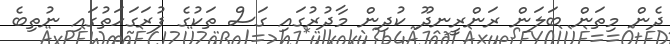
ދެން މިތަން ބަލަން ރަންރީނދޫ ކުދިން މާދުރުގައި ގަަސް ތަކުގެ ފުރަގަހަތުގައި ނުތިބެ